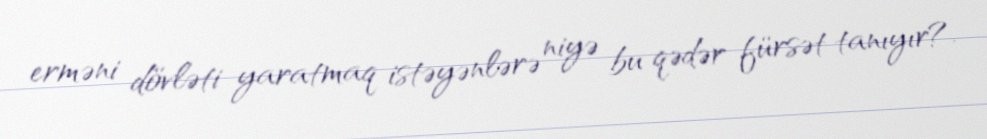
erməni dövləti yaratmaq istəyənlərə niyə bu qədər fürsət tanıyır?.